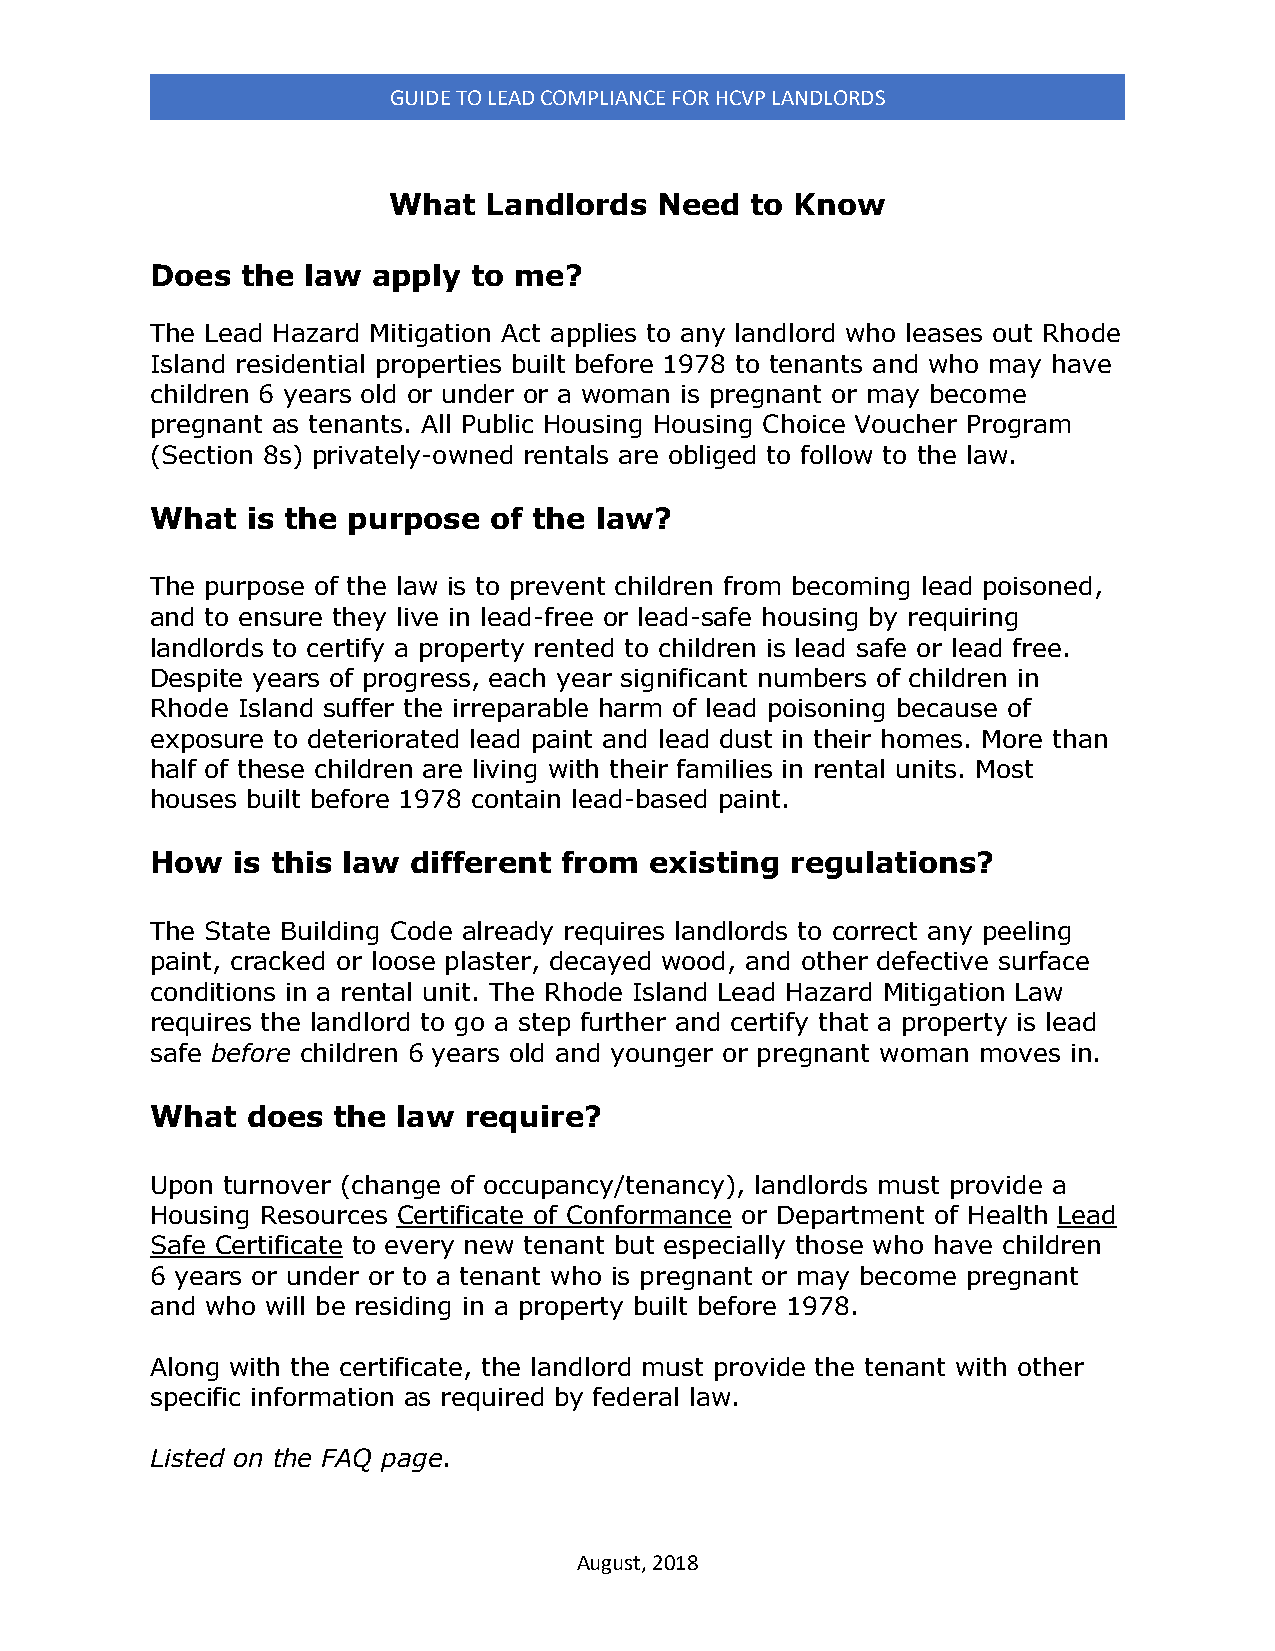
GUIDE TO LEAD COMPLIANCE FOR HCVP LANDLORDS
 What  Landlords  Need   to Know
 Does  the law  apply to me?
 The Lead Hazard Mitigation Act applies to any landlord who leases out Rhode
 Island residential properties built before 1978 to tenants and who may have
 children 6 years old or under or a woman is pregnant or may become
 pregnant as tenants. All Public Housing Housing Choice Voucher Program
 (Section 8s) privately-owned rentals are obliged to follow to the law.
 What  is the purpose  of the law?
 The purpose of the law is to prevent children from becoming lead poisoned,
 and to ensure they live in lead-free or lead-safe housing by requiring
 landlords to certify a property rented to children is lead safe or lead free.
 Despite years of progress, each year significant numbers of children in
 Rhode Island suffer the irreparable harm of lead poisoning because of
 exposure to deteriorated lead paint and lead dust in their homes. More than
 half of these children are living with their families in rental units. Most
 houses built before 1978 contain lead-based paint.
 How  is this law different from  existing regulations?
 The State Building Code already requires landlords to correct any peeling
 paint, cracked or loose plaster, decayed wood, and other defective surface
 conditions in a rental unit. The Rhode Island Lead Hazard Mitigation Law
 requires the landlord to go a step further and certify that a property is lead
 safe before children 6 years old and younger or pregnant woman moves in.
 What  does  the law  require?
 Upon turnover (change of occupancy/tenancy), landlords must provide a
 Housing Resources Certificate of Conformance or Department of Health Lead
 Safe Certificate to every new tenant but especially those who have children
 6 years or under or to a tenant who is pregnant or may become pregnant
 and who will be residing in a property built before 1978.
 Along with the certificate, the landlord must provide the tenant with other
 specific information as required by federal law.
 Listed on the FAQ page.
 August, 2018